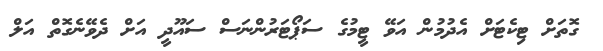
ގޮތަށް ޓިކެޓަށް އެދުމުން އަވޭ ޓީމުގެ ސަޕޯޓަރުންނަސް ސައޫދީ އަށް ދެވޭނެގޮތް އަލް